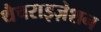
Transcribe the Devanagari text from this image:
थैचराइज़ेशन